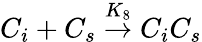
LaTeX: C_{i}+C_{s}\stackrel{K_{8}}{\rightarrow}C_{i}C_{s}